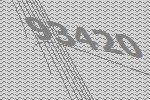
93420